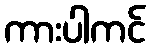
ကားပါကင်